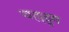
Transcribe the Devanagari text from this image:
चहल्लुम